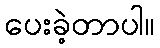
ပေးခဲ့တာပါ။